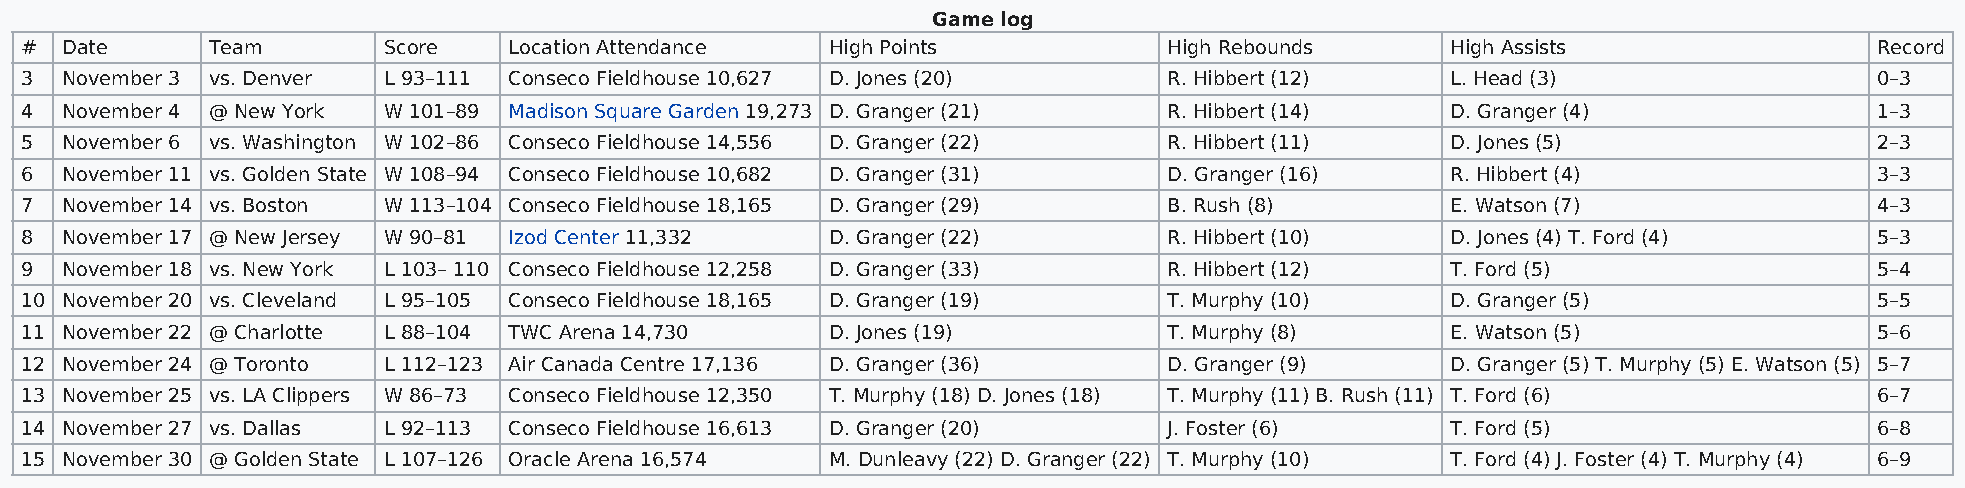
Game log
 #  Date      Team       Score    Location Attendance  High Points           High Rebounds      High Assists                Record
 3  November 3 vs. Denver L 93–111 Conseco Fieldhouse 10,627 D. Jones (20)   R. Hibbert (12)    L. Head (3)                 0–3
 4  November 4 @ New York W 101–89 Madison Square Garden 19,273 D. Granger (21) R. Hibbert (14) D. Granger (4)              1–3
 5  November 6 vs. Washington W 102–86 Conseco Fieldhouse 14,556 D. Granger (22) R. Hibbert (11) D. Jones (5)               2–3
 6  November 11 vs. Golden State W 108–94 Conseco Fieldhouse 10,682 D. Granger (31) D. Granger (16) R. Hibbert (4)          3–3
 7  November 14 vs. Boston W 113–104 Conseco Fieldhouse 18,165 D. Granger (29) B. Rush (8)      E. Watson (7)               4–3
 8  November 17 @ New Jersey W 90–81 Izod Center 11,332 D. Granger (22)      R. Hibbert (10)    D. Jones (4) T. Ford (4)    5–3
 9  November 18 vs. New York L 103– 110 Conseco Fieldhouse 12,258 D. Granger (33) R. Hibbert (12) T. Ford (5)               5–4
 10 November 20 vs. Cleveland L 95–105 Conseco Fieldhouse 18,165 D. Granger (19) T. Murphy (10) D. Granger (5)              5–5
 11 November 22 @ Charlotte L 88–104 TWC Arena 14,730  D. Jones (19)         T. Murphy (8)      E. Watson (5)               5–6
 12 November 24 @ Toronto L 112–123 Air Canada Centre 17,136 D. Granger (36) D. Granger (9)     D. Granger (5) T. Murphy (5) E. Watson (5) 5–7
 13 November 25 vs. LA Clippers W 86–73 Conseco Fieldhouse 12,350 T. Murphy (18) D. Jones (18) T. Murphy (11) B. Rush (11) T. Ford (6) 6–7
 14 November 27 vs. Dallas L 92–113 Conseco Fieldhouse 16,613 D. Granger (20) J. Foster (6)     T. Ford (5)                 6–8
 15 November 30 @ Golden State L 107–126 Oracle Arena 16,574 M. Dunleavy (22) D. Granger (22) T. Murphy (10) T. Ford (4) J. Foster (4) T. Murphy (4) 6–9